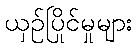
ယှဉ်ပြိုင်မှုများ